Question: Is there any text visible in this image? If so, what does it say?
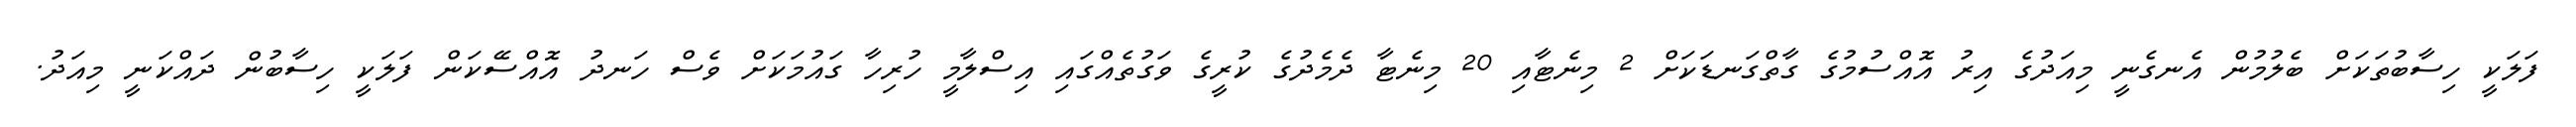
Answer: ފަލަކީ ހިސާބުތަކަށް ބެލުމުން އެނގެނީ މިއަދުގެ އިރު އޮއްސުމުގެ ގާތްގަނޑަކަށް 2 މިނެޓާއި 20 މިނެޓާ ދެމެދުގެ ކުރީގެ ވަގުތެއްގައި އިސްލާމީ ހުރިހާ ގައުމަކަށް ވެސް ހަނދު އޮއްސޭކަން ފަލަކީ ހިސާބުން ދައްކަނީ މިއަދު.